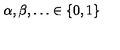
\alpha , \beta , \ldots \in \left\{ 0 , 1 \right\}